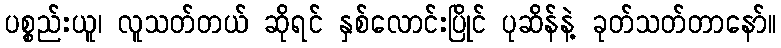
ပစ္စည်းယူ၊ လူသတ်တယ် ဆိုရင် နှစ်လောင်းပြိုင် ပုဆိန်နဲ့ ခုတ်သတ်တာနော်။